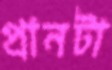
প্রানটা